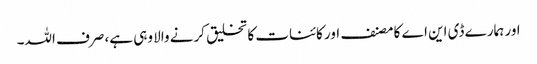
اور ہمارے ڈی این اے کا مصنف اور کائنات کا تخلیق کرنے والا وہی ہے، صرف اللہ۔